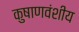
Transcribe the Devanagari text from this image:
कुषाणवंशीय